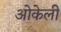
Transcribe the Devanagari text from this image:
ओकेली